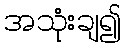
အသုံးချ၍